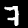
Digit: 7